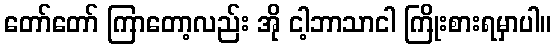
တော်တော် ကြာတော့လည်း အို ငါ့ဘာသာငါ ကြိုးစားရမှာပါ။